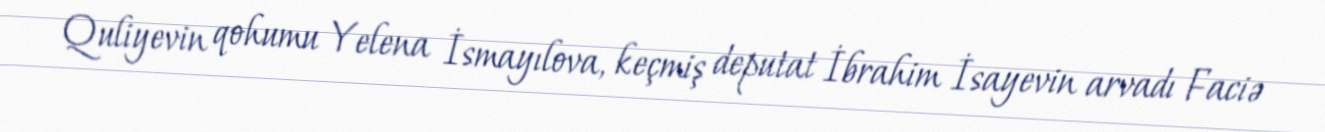
Quliyevin qohumu Yelena İsmayılova, keçmiş deputat İbrahim İsayevin arvadı Faciə